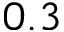
0 . 3